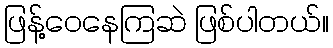
ဖြန့်ဝေနေကြဆဲ ဖြစ်ပါတယ်။